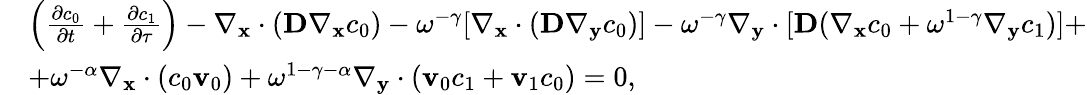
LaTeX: \begin{array}{rl}&{\left(\frac{\partial c_{0}}{\partial t}+\frac{\partial c_{1}}{\partial\tau}\right)-\nabla_{\mathbf x}\cdot(\textbf{D}\nabla_{\mathbf x}c_{0})-\omega^{-\gamma}[\nabla_{\mathbf x}\cdot(\textbf{D}\nabla_{\mathbf y}c_{0})]-\omega^{-\gamma}\nabla_{\mathbf y}\cdot[\textbf{D}(\nabla_{\mathbf x}c_{0}+\omega^{1-\gamma}\nabla_{\mathbf y}c_{1})]+}\\ &{+\omega^{-\alpha}\nabla_{\mathbf x}\cdot(c_{0}\mathbf v_{0})+\omega^{1-\gamma-\alpha}\nabla_{\mathbf y}\cdot(\mathbf v_{0}c_{1}+\mathbf v_{1}c_{0})=0,}\end{array}